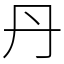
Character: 丹